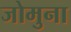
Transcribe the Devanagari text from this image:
जोमुना